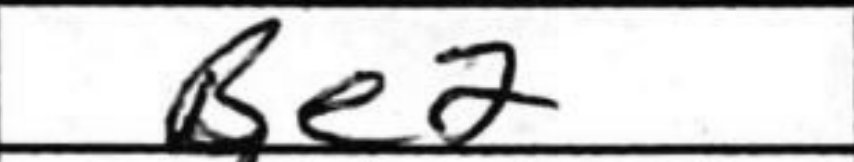
Transcription: Be2